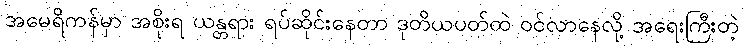
အမေရိကန်မှာ အစိုးရ ယန္တရား ရပ်ဆိုင်းနေတာ ဒုတိယပတ်ထဲ ဝင်လာနေလို့ အရေးကြီးတဲ့